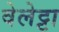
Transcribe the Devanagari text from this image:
वेलेट्टा